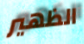
الظهير